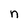
Character: n